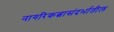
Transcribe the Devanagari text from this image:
नागरिकत्वासंदर्भातील